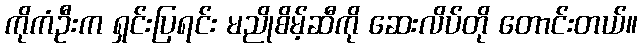
ကိုကံဦးက ရှင်းပြရင်း မညိုစိမ့်ဆီကို ဆေးလိပ်တို တောင်းတယ်။